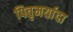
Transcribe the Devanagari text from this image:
पितृमर्यादा